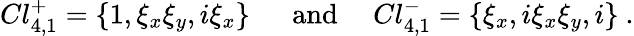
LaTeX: Cl_{4,1}^{+}=\{ 1,\xi_{x}\xi_{y},i\xi_{x}\} ~~~~~~\mathrm{and}~~~~~Cl_{4,1}^{-}=\{ \xi_{x},i\xi_{x}\xi_{y},i\} ~.